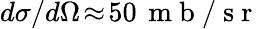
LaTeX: d\sigma/d\Omega\! \approx\! 50\, \mathrm{~m~b~/~s~r~}